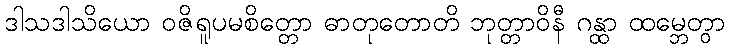
ဒါသဒါသိယော ဝဇိရူပမစိတ္တော ဓာတုတောတိ ဘုတ္တာဝိနီ ဂန္ထာ ထမ္ဘေတွာ